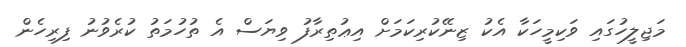
މަޖިލީހުގައި ވަކިމީހަކާ އެކު ޒިނޭކުރިކަމަށް އިޢުތިރާފު ވިޔަސް އެ ތުހުމަތު ކުރެވުނު ފިރިހެން